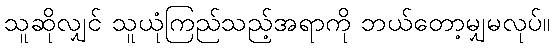
သူဆိုလျှင် သူယုံကြည်သည့်အရာကို ဘယ်တော့မျှမလုပ်။